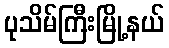
ပုသိမ်ကြီးမြို့နယ်